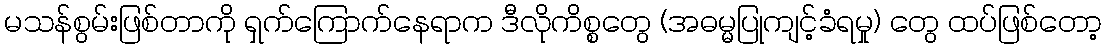
မသန်စွမ်းဖြစ်တာကို ရှက်ကြောက်နေရာက ဒီလိုကိစ္စတွေ (အဓမ္မပြုကျင့်ခံရမှု) တွေ ထပ်ဖြစ်တော့